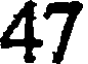
47